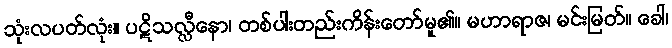
သုံးလပတ်လုံး။ ပဋိသလ္လီနော၊ တစ်ပါးတည်းကိန်းတော်မူ၏။ မဟာရာဇ၊ မင်းမြတ်။ ခေါ၊